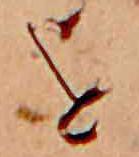
を